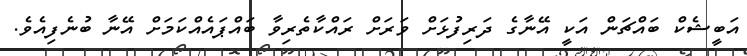
އަބީޝެކް ބައްޗަން އަކީ އޭނާގެ ދަރިފުޅަށް ވަރަށް ރައްކާތެރިވާ ބައްޕައެއްކަމަށް އޭނާ ބުނެފިއެވެ.